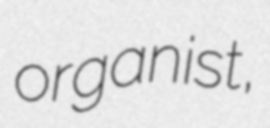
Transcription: organist,